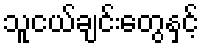
သူငယ်ချင်းတွေနှင့်